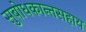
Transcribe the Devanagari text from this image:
सुबोधकान्तसहाय